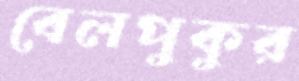
বেলপুকুর